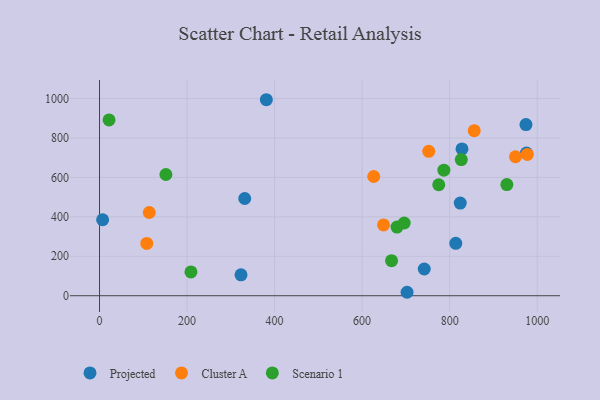
{"axis": {"x": "Price", "y": "Yield"}, "legend": ["Cluster A", "Projected", "Scenario 1"], "data": [{"x": "331.8", "y": 493.0, "type": "Projected"}, {"x": "974.4", "y": 868.1, "type": "Projected"}, {"x": "975.5", "y": 723.2, "type": "Projected"}, {"x": "323.3", "y": 106.0, "type": "Projected"}, {"x": "828.2", "y": 744.7, "type": "Projected"}, {"x": "814.0", "y": 265.5, "type": "Projected"}, {"x": "702.7", "y": 17.5, "type": "Projected"}, {"x": "742.0", "y": 135.6, "type": "Projected"}, {"x": "824.2", "y": 469.9, "type": "Projected"}, {"x": "7.1", "y": 385.3, "type": "Projected"}, {"x": "381.2", "y": 994.0, "type": "Projected"}, {"x": "108.0", "y": 265.4, "type": "Cluster A"}, {"x": "648.9", "y": 359.2, "type": "Cluster A"}, {"x": "977.6", "y": 716.7, "type": "Cluster A"}, {"x": "950.5", "y": 704.9, "type": "Cluster A"}, {"x": "113.7", "y": 422.1, "type": "Cluster A"}, {"x": "856.1", "y": 836.8, "type": "Cluster A"}, {"x": "752.2", "y": 732.1, "type": "Cluster A"}, {"x": "626.5", "y": 604.7, "type": "Cluster A"}, {"x": "151.7", "y": 614.7, "type": "Scenario 1"}, {"x": "786.8", "y": 636.9, "type": "Scenario 1"}, {"x": "208.9", "y": 120.7, "type": "Scenario 1"}, {"x": "696.2", "y": 368.9, "type": "Scenario 1"}, {"x": "21.8", "y": 891.6, "type": "Scenario 1"}, {"x": "679.7", "y": 348.2, "type": "Scenario 1"}, {"x": "826.6", "y": 690.6, "type": "Scenario 1"}, {"x": "667.3", "y": 177.9, "type": "Scenario 1"}, {"x": "930.7", "y": 563.9, "type": "Scenario 1"}, {"x": "775.1", "y": 562.7, "type": "Scenario 1"}]}